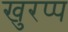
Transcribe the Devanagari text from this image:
खुरप्प